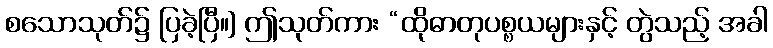
စသောသုတ်၌ ပြခဲ့ပြီ။] ဤသုတ်ကား “ထိုဓာတုပစ္စယများနှင့် တွဲသည့် အခါ